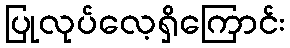
ပြုလုပ်လေ့ရှိကြောင်း